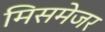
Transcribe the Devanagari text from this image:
मिसमेजर